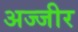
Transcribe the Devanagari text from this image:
अज्जीर